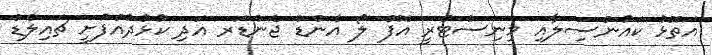
އަތޮޅު ކައުންސިލާއި މިނިސްޓްރީ އޮފް ލޯ އެންޑް ޖެންޑަރ އަދި ކުޅުދުއްފުށީ ޗައިލްޑް